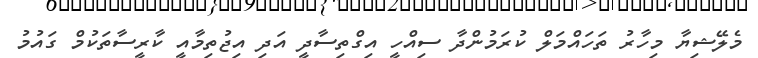
މެލޭޝިޔާ މިހާރު ތަހައްމަލް ކުރަމުންދާ ސިއްހީ އިގްތިސާދީ އަދި އިޖުތިމާއީ ކާރީސާތަކުމް ގައުމު